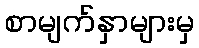
စာမျက်နှာများမှ